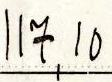
117,10